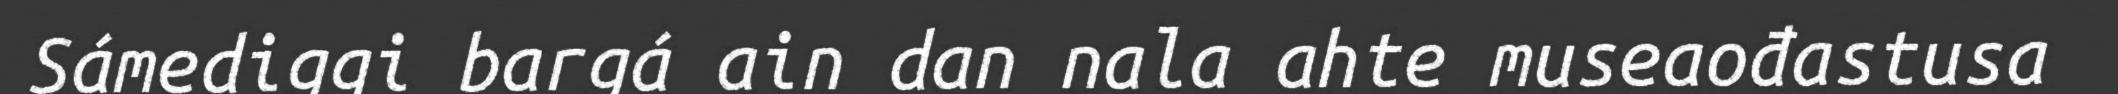
Sámediggi bargá ain dan nala ahte museaođastusa